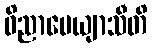
ဝိညာပေယျာသီတိ